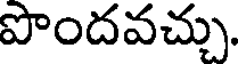
పొందవచ్చు.